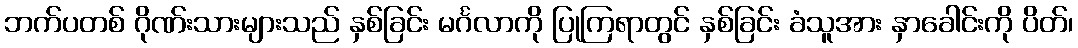
ဘက်ပတစ် ဂိုဏ်းသားများသည် နှစ်ခြင်း မင်္ဂလာကို ပြုကြရာတွင် နှစ်ခြင်း ခံသူအား နှာခေါင်းကို ပိတ်၊